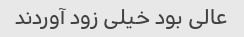
عالی بود خیلی زود آوردند